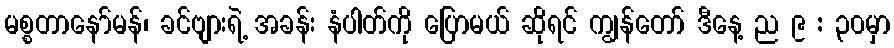
မစ္စတာနော်မန်၊ ခင်ဗျားရဲ့ အခန်း နံပါတ်ကို ပြောမယ် ဆိုရင် ကျွန်တော် ဒီနေ့ ည ၉ : ၃၀မှာ